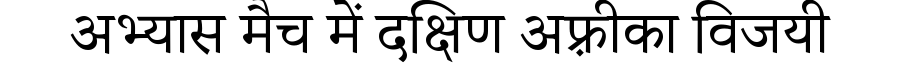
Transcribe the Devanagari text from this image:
अभ्यास मैच में दक्षिण अफ़्रीका विजयी